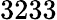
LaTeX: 3233